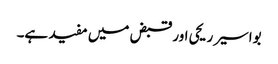
بواسیر ریحی اور قبض میں مفید ہے۔